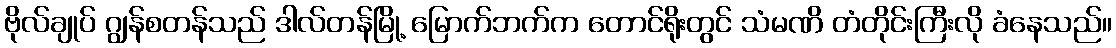
ဗိုလ်ချုပ် ဂျွန်စတန်သည် ဒါလ်တန်မြို့ မြောက်ဘက်က တောင်ရိုးတွင် သံမဏိ တံတိုင်းကြီးလို ခံနေသည်။